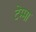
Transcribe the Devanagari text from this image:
टेम्मा